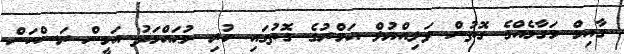
ގާއިމް މަގާމެއްގެ ގޮތުން ވަލިއްޔުލް އަމްރުގެ ގޮތުގައި ހުރި މުޙައްމަދު އަމީން ރަސްކަން